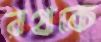
রথকে